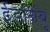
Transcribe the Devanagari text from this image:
ईडनिंबू